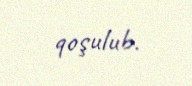
qoşulub.